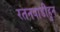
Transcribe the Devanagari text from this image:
रतनवाडीहुन